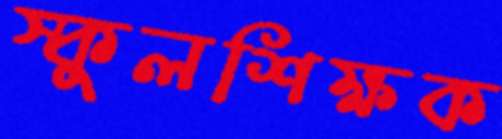
স্কুলশিক্ষক